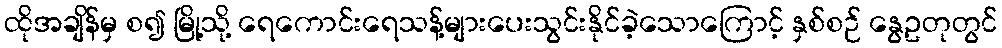
ထိုအချိန်မှ စ၍ မြို့သို့ ရေကောင်းရေသန့်များပေးသွင်းနိုင်ခဲ့သောကြောင့် နှစ်စဉ် နွေဥတုတွင်